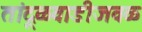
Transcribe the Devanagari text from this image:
तांदूळवाडीजवळ